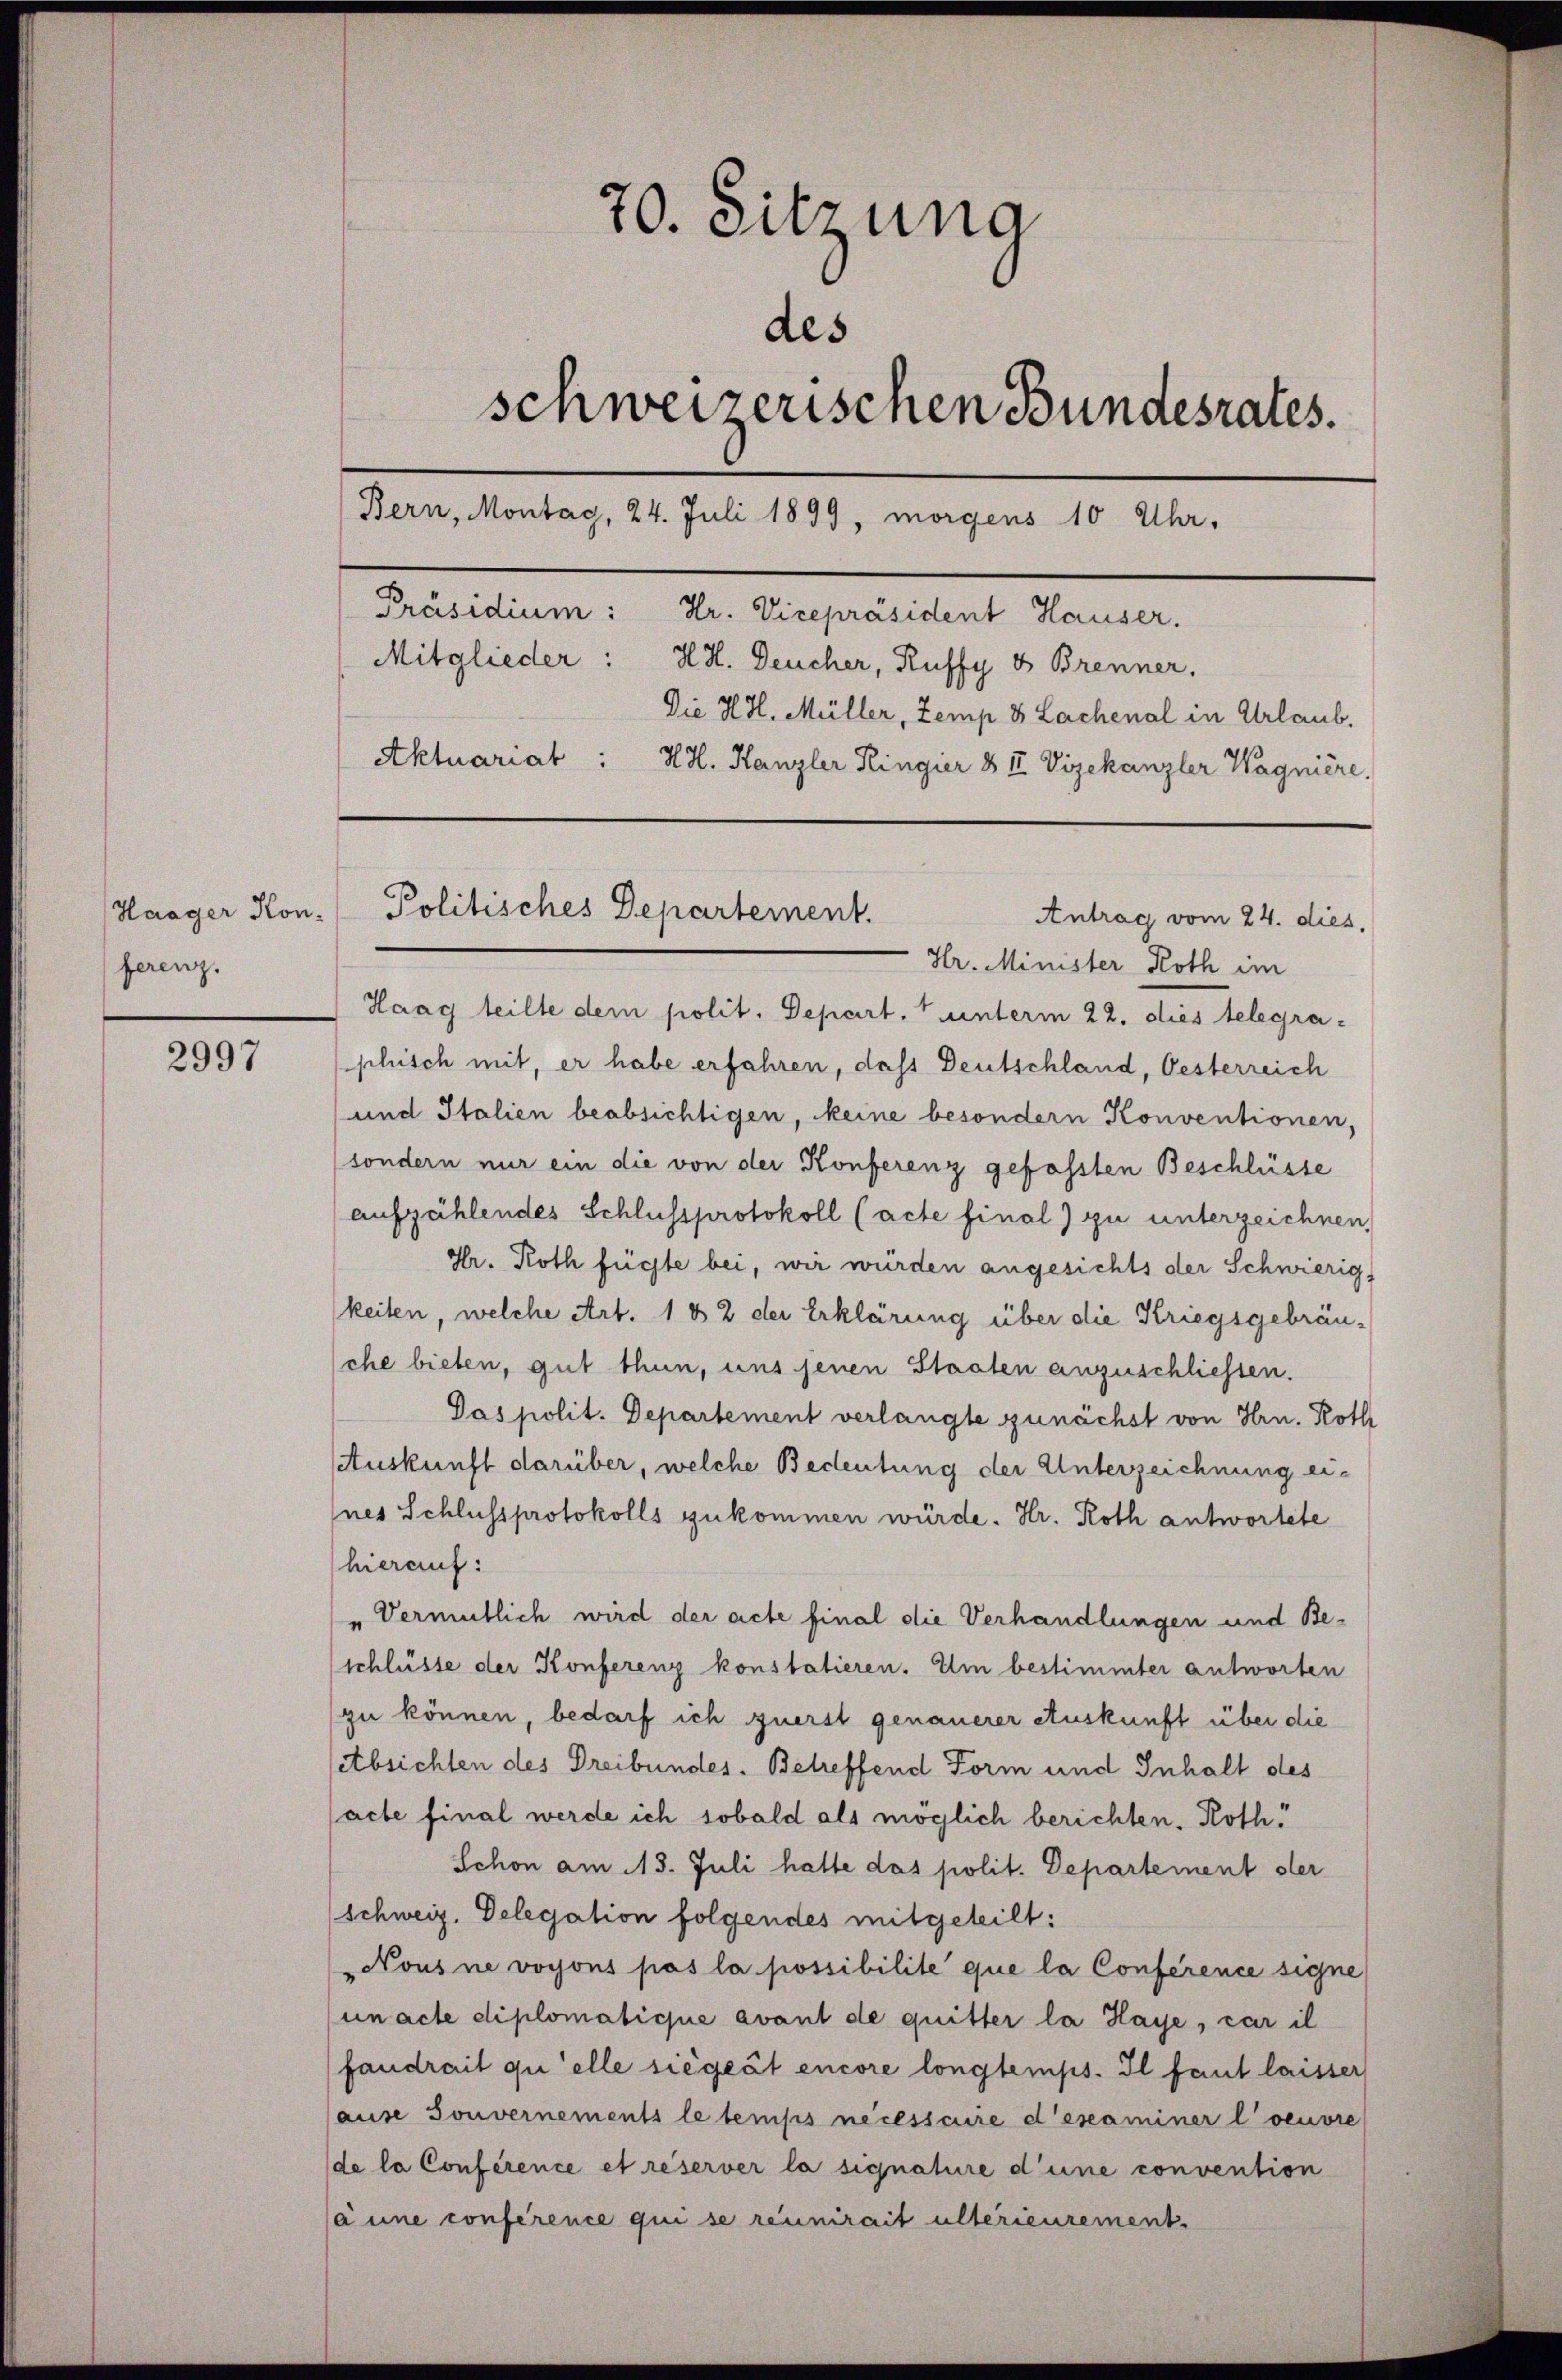
Haager Kon-
ferenz.

2997

70. Sitzung
des
schweizerischen Bundesrates.
Bern, Montag, 24. Juli 1899, morgens 10 Uhr,
Präsidium: Dr. Vicepräsident Hauser.
Mitglieder: H.H. Deucher, Ruffy & Brenner.
Die H.H. Müller, Zemp 8 Lachenal in Urlaub.
Aktuariat : HH. Kanzler Ringer & II Vizekanzler Wagnière,

Politisches Departement.

Antrag vom 24. dies,
Hr. Minister Roth im
Haag teilte dem polit. Depart. 1 unterm 22. dies telegraphisch mit, er habe erfahren, das Deutschland, Oesterreich
und Italien beabsichtigen, keine besondern Konventionen,
(sondern nur ein die von der Konferenz gefassten Beschlüsse
aufzählendes Schlussprotokoll (acte final) zu unterzeichnen,
Gr. Roth fügte bei, wir würden angesichts der Schwierig
keiten, welche Art. 1 & 2 der Erklärung über die Kriegsgebräuche bieten, gut thun, uns jenen Staaten anzuschliessen.
Das polit. Departement verlangte zunächst von Hrn. Roth
Auskunft darüber, welche Bedeutung der Unterzeichnung einer Schlussprotokolls gekommen würde. Hr. Roth antwortete
(hierauf:
" Vermutlich wird der acte final die Verhandlungen und Be-
(schlüsse der Konferenz konstatieren. Um bestimmter antworten
zu können, bedarf ich zuerst genauerer Auskunft über die
sabsichten des Dreibundes. Betreffend Form und Inhalt des
acte final werde ich sobald als möglich berichten. Roth
Schon am 113. Juli hatte das polit. Departement der
Schweiz. Delegation folgendes mitgeteilt:
Nous ne voyons pas la possibilite que la Conference signe
un acte diplomatique avant de quitter la Haye, car il
fandrait qu’elle siegeät encore longtemps. Il faut laisser
ause Souvernements le temps necessaire d’eseaminer l’oeuvre
de la Conference et reserver la signature d’une convention
ja une conference qui se réunirait ultérieurement.